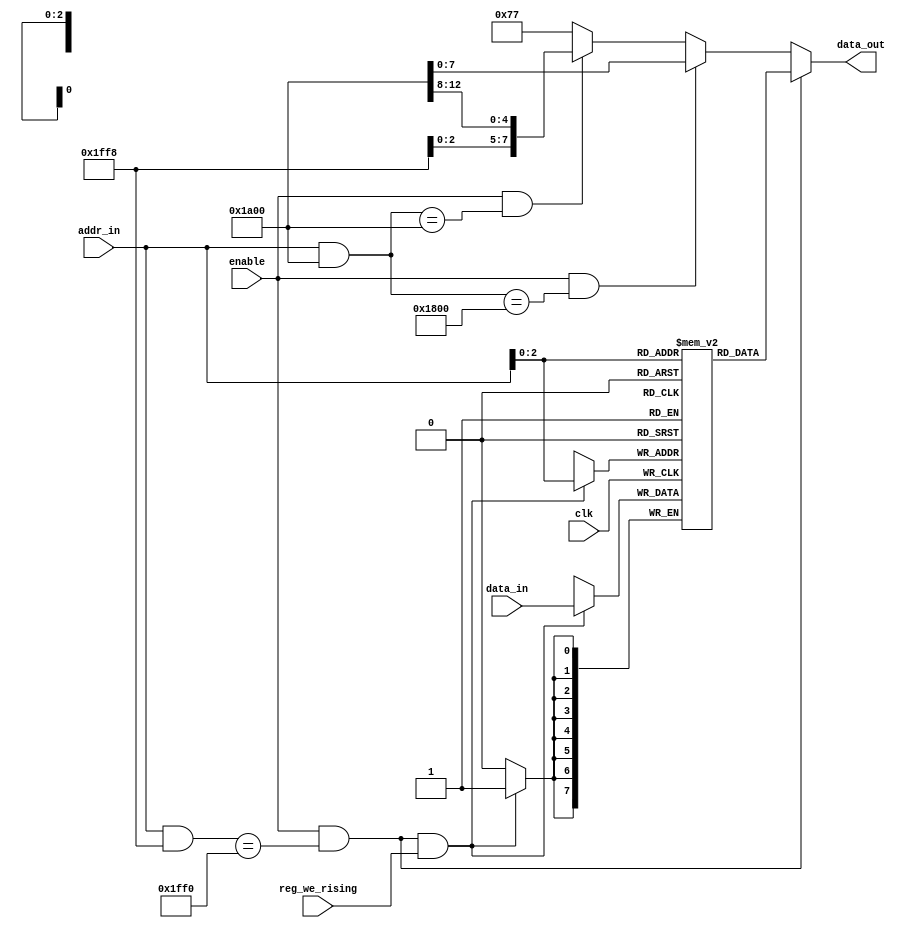
module obc1(
  input clk,
  input enable,
  input [7:0] data_in,
  output [7:0] data_out,
  input [12:0] addr_in,
  input reg_we_rising
);

reg [7:0] obc1_regs [7:0];

wire [6:0] oam_number = obc1_regs[6][6:0];

wire obc_bank = obc1_regs[5][0];

wire low_en = enable & ((addr_in & 13'h1a00) == 13'h1800);
wire high_en = enable & ((addr_in & 13'h1a00) == 13'h1a00);
wire reg_en = enable & ((addr_in & 13'h1ff8) == 13'h1ff0);

wire [2:0] obc_reg = addr_in[2:0];

wire oam_low_we  = enable & (reg_we_rising) & (((addr_in & 13'h1ffc) == 13'h1ff0) | low_en);
wire oam_high_we = enable & (reg_we_rising) & (addr_in == 13'h1ff4);
wire snes_high_we = enable & (reg_we_rising) & high_en;

wire [9:0] oam_low_addr = (~reg_en) ? addr_in[9:0] : {~obc_bank, oam_number, addr_in[1:0]};
wire [7:0] oam_high_addr = (~reg_en) ? addr_in[5:0] : {~obc_bank, oam_number};

wire [7:0] low_douta;
wire [7:0] high_doutb;

`ifdef MK2
obc_lower oam_low (
  .clka(clk), // input clka
  .wea(oam_low_we), // input [0 : 0] wea
  .addra(oam_low_addr), // input [9 : 0] addra
  .dina(data_in), // input [7 : 0] dina
  .douta(low_douta) // output [7 : 0] douta
);

obc_upper oam_high (
  .clka(clk), // input clka
  .wea(oam_high_we), // input [0 : 0] wea
  .addra(oam_high_addr), // input [7 : 0] addra
  .dina(data_in[1:0]), // input [1 : 0] dina
  .douta(douta), // unused
  .clkb(clk), // input clkb
  .web(snes_high_we), // input [0 : 0] web
  .addrb(addr_in[5:0]), // input [5 : 0] addrb
  .dinb(data_in),
  .doutb(high_doutb) // output [7 : 0] doutb
);
`endif
`ifdef MK3
obc_lower oam_low (
  .clock(clk), // input clka
  .wren(oam_low_we), // input [0 : 0] wea
  .address(oam_low_addr), // input [9 : 0] addra
  .data(data_in), // input [7 : 0] dina
  .q(low_douta) // output [7 : 0] douta
);

obc_upper oam_high (
  .clock(clk), // input clka
  .wren_a(oam_high_we), // input [0 : 0] wea
  .address_a(oam_high_addr), // input [7 : 0] addra
  .data_a(data_in[1:0]), // input [1 : 0] dina
  .q_a(douta), // unused
  .wren_b(snes_high_we), // input [0 : 0] web
  .address_b(addr_in[5:0]), // input [5 : 0] addrb
  .data_b(data_in),
  .q_b(high_doutb) // output [7 : 0] doutb
);
`endif
assign data_out = reg_en ? obc1_regs[addr_in[2:0]]
                  : low_en ? low_douta
                  : high_en ? high_doutb
                  : 8'h77;

always @(posedge clk) begin
  if(reg_en & reg_we_rising) begin
    obc1_regs[obc_reg] <= data_in;
  end
end

endmodule